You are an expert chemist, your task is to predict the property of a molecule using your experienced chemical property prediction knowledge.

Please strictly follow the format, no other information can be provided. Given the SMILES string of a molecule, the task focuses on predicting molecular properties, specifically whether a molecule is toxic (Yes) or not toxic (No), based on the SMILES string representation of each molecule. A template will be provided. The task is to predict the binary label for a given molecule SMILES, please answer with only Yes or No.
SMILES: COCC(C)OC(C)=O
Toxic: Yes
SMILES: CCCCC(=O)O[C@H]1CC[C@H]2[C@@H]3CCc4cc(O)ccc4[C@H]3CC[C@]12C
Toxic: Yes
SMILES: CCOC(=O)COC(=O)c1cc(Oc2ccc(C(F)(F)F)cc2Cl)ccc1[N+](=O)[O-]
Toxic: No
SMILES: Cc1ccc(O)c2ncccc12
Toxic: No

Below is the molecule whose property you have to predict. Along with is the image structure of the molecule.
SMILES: CN/C=N/c1ccc(C)cc1C
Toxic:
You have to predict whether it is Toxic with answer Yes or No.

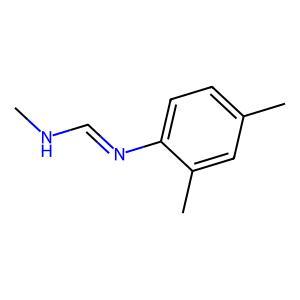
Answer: No